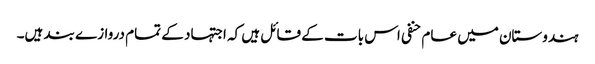
ہندوستان میں عام حنفی اس بات کے قائل ہیں کہ اجتہاد کے تمام دروازے بند ہیں۔